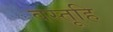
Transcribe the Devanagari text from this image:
वस्तूहि